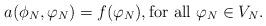
LaTeX: \begin{align*}a(\phi_N, \varphi_N) = f(\varphi_N), \textrm{for all } \varphi_N\in V_N.\end{align*}